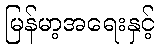
မြန်မာ့အရေးနှင့်